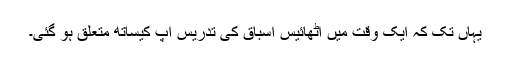
یہاں تک کہ ایک وقت میں اٹھائیس اسباق کی تدریس آپ کیساتھ متعلق ہو گئی۔